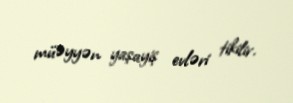
müəyyən yaşayiş evləri tikilir.